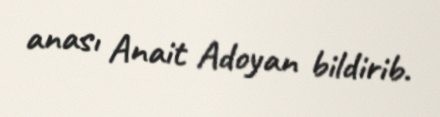
anası Anait Adoyan bildirib.